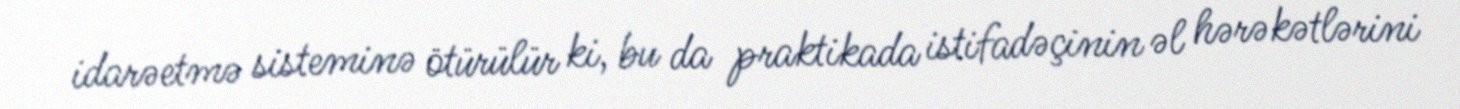
idarəetmə sisteminə ötürülür ki, bu da praktikada istifadəçinin əl hərəkətlərini